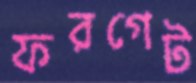
ফরগেট